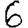
Digit: 6